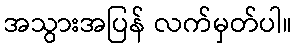
အသွားအပြန် လက်မှတ်ပါ။